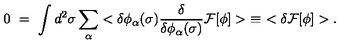
0 \ = \ \int d ^ { 2 } \sigma \sum _ { \alpha } < \delta \phi _ { \alpha } ( \sigma ) \frac { \delta } { \delta \phi _ { \alpha } ( \sigma ) } { \cal F } [ \phi ] > \ \equiv \ < \delta { \cal F } [ \phi ] > .